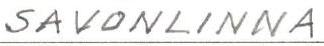
SAVONLINNA